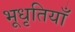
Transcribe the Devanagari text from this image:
भूधृतियाँ